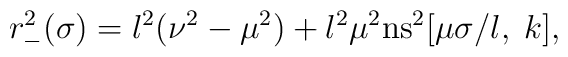
r_-^2(\sigma)=l^2(\nu^2-\mu^2)+l^2\mu^2\mbox{ns}^2[\mu \sigma/l,\;k],